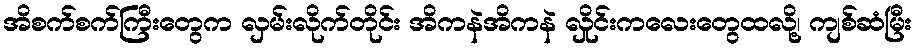
အိစက်စက်ကြီးတွေက လှမ်းလိုက်တိုင်း အိကနဲအိကနဲ လှိုင်းကလေးတွေထလို့၊ ကျစ်ဆံမြီး